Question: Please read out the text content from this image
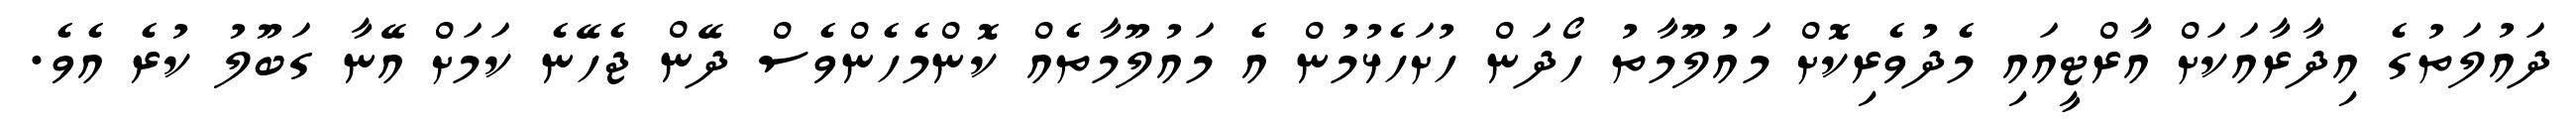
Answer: ދައުލަތުގެ އިދާރާއަކަށް އާރްޓީއައި މެދުވެރިކޮށް މައުލޫމާތު ހޯދަން ހުށަހެޅުމުން އެ މައުލޫމާތެއް ކޮންމެހެންވެސް ދޭން ޖެހޭނެ ކަމަށް އޭނާ ގަބޫލު ކުރެ އެވެ.